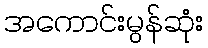
အကောင်းမွန်ဆုံး